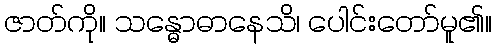
ဇာတ်ကို။ သန္ဓောဓာနေသိ၊ ပေါင်းတော်မူ၏။